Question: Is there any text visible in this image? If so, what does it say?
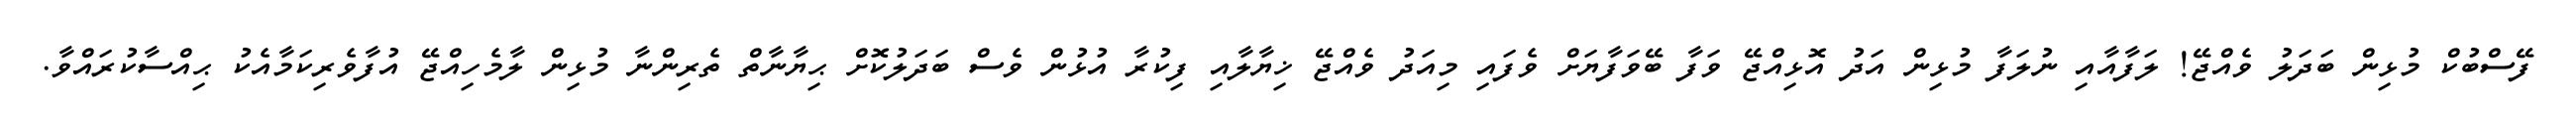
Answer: ފޭސްބުކް މުޅިން ބަދަލު ވެއްޖޭ! ލަފާއާއި ނުލަފާ މުޅިން އަދު އޮޅިއްޖޭ ވަފާ ބޭވަފާޔަށް ވެފައި މިއަދު ވެއްޖޭ ޚިޔާލާއި ފިކުރާ އުޅުން ވެސް ބަދަލުކޮށް ޙިޔާނާތް ތެރިންނާ މުޅިން ލާމެހިއްޖޭ އުފާވެރިކަމާއެކު ޙިއްސާކުރައްވާ.